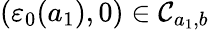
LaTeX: (\varepsilon_{0}(a_{1}),0)\in\mathcal{C}_{a_{1},b}